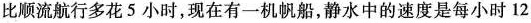
比顺流航行多花5小时，现在有一机帆船，静水中的速度是每小时12